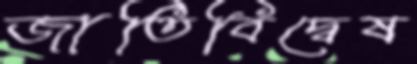
জাতিবিদ্বেষ